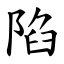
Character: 陷